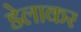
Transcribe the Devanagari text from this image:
डेलाकर